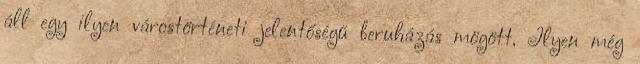
áll egy ilyen várostörténeti jelentőségű beruházás mögött. Ilyen még